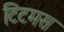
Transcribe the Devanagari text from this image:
टिटमस